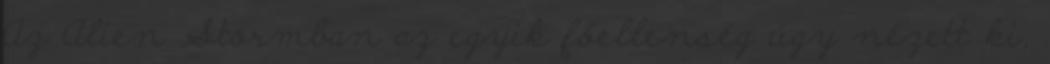
Az Alien Stormban az egyik főellenség úgy nézett ki,